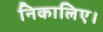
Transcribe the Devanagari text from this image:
निकालिए।